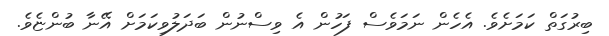
ބިރުގަތް ކަމަށެވެ. އެހެން ނަމަވެސް ފަހުން އެ ވިސްނުން ބަދަލުވިކަމަށް އޭނާ ބުންޏެވެ.